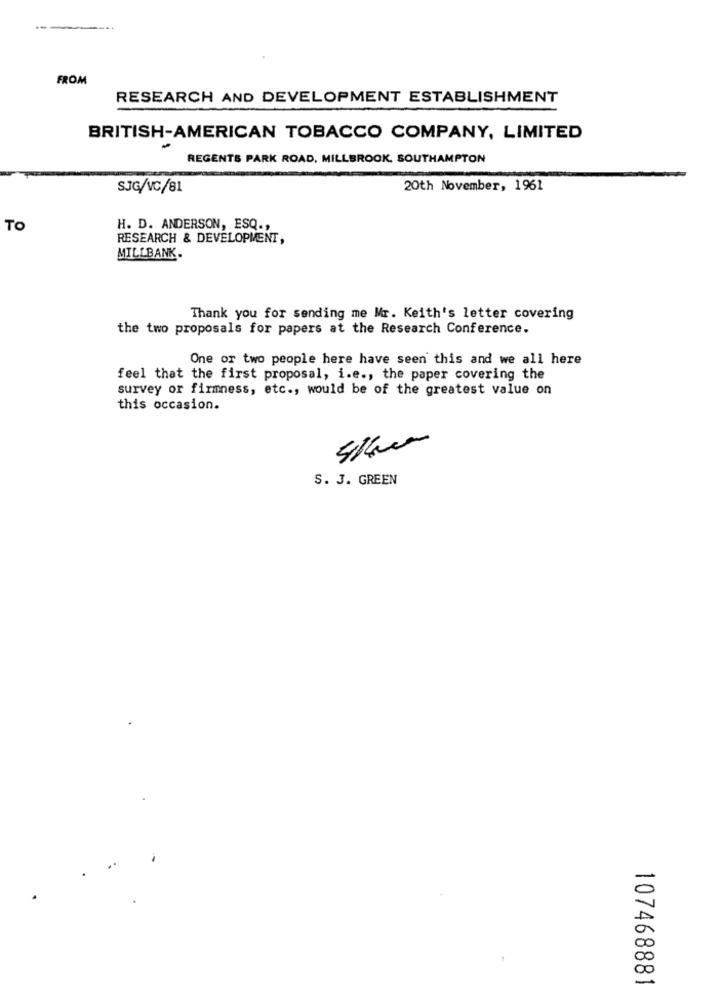
FROM
RESEARCH AND DEVELOPMENT ESTABLISHMENT
BRITISH-AMERICAN TOBACCO COMPANY, LIMITED
REGENTS PARK ROAD, MILLBROOK, SOUTHAMPTON
SJG/VC/81
20th November, 1961
TO
H. D. ANDERSON, ESQ .,
RESEARCH & DEVELOPMENT,
MILLBANK.
Thank you for sending me Mr. Keith's letter covering
the two proposals for papers at the Research Conference.
One or two people here have seen this and we all here
feel that the first proposal, i.e ., the paper covering the
survey or firmness, etc ., would be of the greatest value on
this occasion.
5/40
S. 3. GREEN
107468881